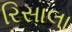
રિસાલા